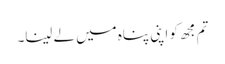
تم مجھ کو اپنی پناہ میں لے لینا۔